Civil Veterinary Dept. Bombay admin report 1907-1913 - 1907-1913
Year: 1907
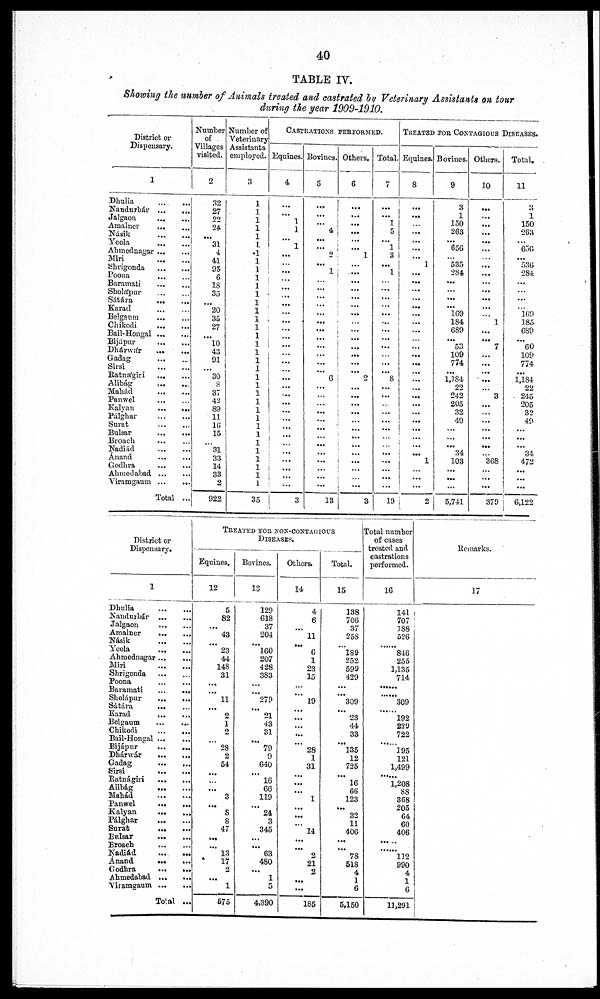
40
TABLE IV.
Showing the number of Animals treated and castrated by Veterinary Assistants on tour
during the year 1909-1910.
District or
Dispensary.
1
Dhulia ... ...
Nandurbár
...
...
Jalgaon
...
...
Amalnev
...
...
Násik
...
...
Yeola
...
...
Ahmednagar ... ...
Miri
...
...
Shrigonda
...
...
Poona
...
...
Baramati
...
...
Sholápur
...
...
Sátára ... ...
Karad
...
...
Belganra
...
...
Chikodi
...
...
Bail-Hongal ... ...
Bijápur
...
...
Dhárwár
...
...
Gadag
...
...
Sirsi
...
...
Ratnágiri
...
...
Alibág ... ...
Mahád
...
...
Panwel
...
...
Kalvan
...
...
Pálghar
...
...
Surat
...
...
Bulsar
...
...
Broach ... ...
Nadiád
...
Anand ... ...
Godhra
...
...
Ahmedabad ... ...
Viramgaum ... ...
Total ...
Number
of
Villages
visited.
2
32
27
22
24,
...
31
4
41
95
6
18
35
...
20
35
27
...
10
43
91
...
30
8
37
42
89
11
16
15
...
31
33
14
33
2
922
Number of
Veterinary
Assistants
employed.
3
1
1
1
1
1
I.
1
1
1
1
1
1
1
1
1
1
1
1
1
1
1
1
1
1
1
1
1
1
1
1
1
1
1
1
1
35
Castrations PerFormed.
Equines.
4
...
...
1
1
...
1
...
...
...
...
...
...
...
...
...
......
...
...
...
...
...
...
...
...
...
... ...
...
...
...
...
... ...
...
...
...
3
Bovines.
5
...
...
...
4
...
...
2
...
1
...
...
...
...
...
...
...
...
...
...
...
...
6
...
...
...
...
...
...
...
...
...
...
...
...
...
13
Others.
6
...
...
...
...
...
...
1
...
...
...
...
...
...
...
...
...
...
...
...
...
...
2
...
...
...
...
...
....
....
...
......
......
...
...
...
3
Total.
7
...
...
1
5
...
1
3
...
1
...
...
...
...
...
...
...
...
...
...
...
...
8
...
...
...
...
...
...
...
...
...
...
...
...
...
19
TREATED TOR CONTAGIOUS DISEASES.
Equines.
8
...
...
...
...
...
...
...
1
...
...
...
...
...
...
...
...
...
...
...
...
...
...
...
...
...
...
...
...
...
...
...
... ...
... ...
2
Bovines.
9
3
1
150
263
...
656
...
535
284
...
...
...
...
169
184
689
...
53
109
774
...
1,384
22
242
205
32
49
...
...
...
34
103
...
...
...
5,741
Others.
10
...
...
...
...
...
...
...
...
...
...
...
...
...
...
1
...
...
7
...
...
...
...
...
3
...
...
...
...
...
...
...
368
...
...
...
379
Total.
11
3
1
150
263
...
656
...
536
284
...
...
...
...
169
185
689
...
60
109
774
...
1,184
22
245
205
32
49
...
...
...
34
472
...
...
...
6,122
District or
Dispensary.
1
Dhulia... ...
Nandurbár
...
...
Jalgaon
...
...
Amalner
...
...
Násik
...
...
Yeola
...
...
Ahmednagar ... ...
Miri
...
...
Shrigonda ... ...
Poona
...
...
Baramati ... ...
Sholápur
...
...
Sátára ... ...
Karad
...
...
Belgaum ... ...
Chikodi
...
...
Bail-Hongal ... ...
Bijápur
...
...
Dhánwár
...
...
Gadag
...
...
Sirsi
...
...
Ratnágiri
...
...
Alibág
...
...
Mahád
...
...
Panwel
...
...
Kalyan
...
Pálghar
...
...
Surat
...
...
Pulsar
...
...
Broach
...
...
Nadiád
...
...
Anand
...
...
Godhra
...
...
Ahmedabad
...
...
Viramgaum ... ...
Total ...
Treated for non-contagious
Diseases.
Equines.
12
5
82
...
43
...
23
44
148
31
......
......
11
... 2
1
2
...
28
2
54
...
...
... 3
...
8
8
47
...
...
13
17
2
...
1
575
Bovines.
13
129
618
37
204
......
160
207
428
383
...
...
279
... 21
43
31
...
79
9
640
... 16
66
119
...
24
3
345
...
...
63
480
...
1
5
4,390
Others.
14
4
6
...
11
...
6
1
23
15
...
...
19
...
...
...
...
...
28
1
31
...
...
...
1
...
...
...
14
.....
.....
2
21
2
....
...
185
Total.
15
138
706
37
258
...
189
252
599
429
...
...
309
...
23
44
33
...
135
12
725
...
16
66
123
...
32
11
406
...
...
78
518
4
1
6
5,150
Total number
of cases
treated and
castrations
performed.
16
141
707
188
526
...
846
255
1,135
714
...
...
309
...
192
229
722
.......
195
121
1,499
1,208
88
3C8
205
64
60
406
...
...
112
990
4
1
6
11,291
Remarks.
17